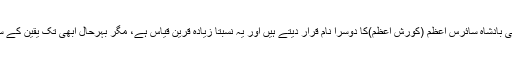
جدید زمانے کے کچھ مفسر و مفکر ذوالقرنین کو قدیم ایرانی بادشاہ سائرس اعظم (کورش اعظم)کا دوسرا نام قرار دیتے ہیں اور یہ نسبتاً زیادہ قرین قیاس ہے، مگر بہرحال ابھی تک یقین کے ساتھ کسی شخصیت کو اس کا مصداق نہیں ٹھہرایا جا سکتا۔